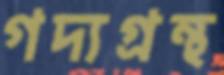
গদ্যগ্রন্থ